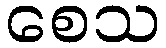
စေသ